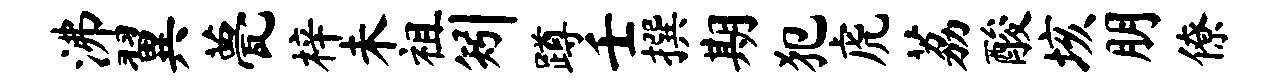
沸翼甍梓未祖矧蹲壬撰期犯虎荔酸垓朋僚